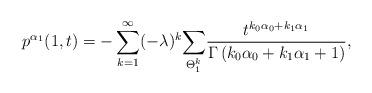
LaTeX: \begin{align*}p^{\alpha_1}(1,t)=-\sum_{k=1}^{\infty}(-\lambda)^k\underset{\Theta^{k}_{1}}{\sum}\frac{t^{k_0\alpha_0+k_1\alpha_1}}{\Gamma\left(k_0\alpha_0+k_1\alpha_1+1\right)},\end{align*}